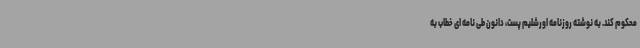
محکوم کند. به نوشته روزنامه اورشلیم پست، دانون طی نامه ای خطاب به